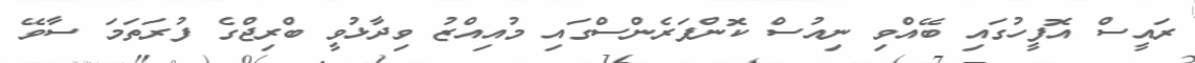
ރައީސް އޮފީހުގައި ބޭއްވި ނިއުސް ކޮންފަރެންސްގައި މުއިއްޒު ވިދާޅުވީ ބްރިޖްގެ ފުރަތަމަ ސާވޭ